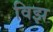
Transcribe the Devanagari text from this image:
विझ